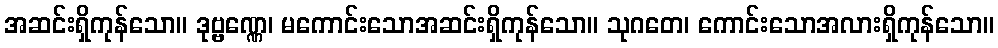
အဆင်းရှိကုန်သော။ ဒုဗ္ဗဏ္ဏေ၊ မကောင်းသောအဆင်းရှိကုန်သော။ သုဂတေ၊ ကောင်းသောအလားရှိကုန်သော။